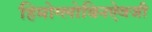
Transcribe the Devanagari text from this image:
हिमोग्लोबिनऐवजी